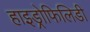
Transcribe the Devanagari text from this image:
हाइड्रोफिलिडी